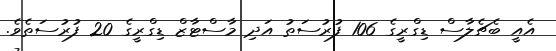
އެއީ ބެޗެލާސް ޑިގްރީގެ 106 ފުރުސަތު އަދި މާސްޓާޒް ޑިގްރީގެ 20 ފުރުސަތެވެ.